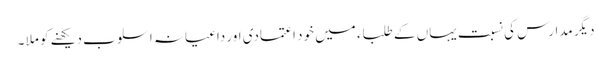
دیگر مدارس کی نسبت یہاں کے طلباء میں خود اعتمادی اور داعیانہ اسلوب دیکھنے کو ملا ۔